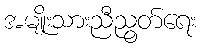
အမျိုးသားညီညွတ်ရေး